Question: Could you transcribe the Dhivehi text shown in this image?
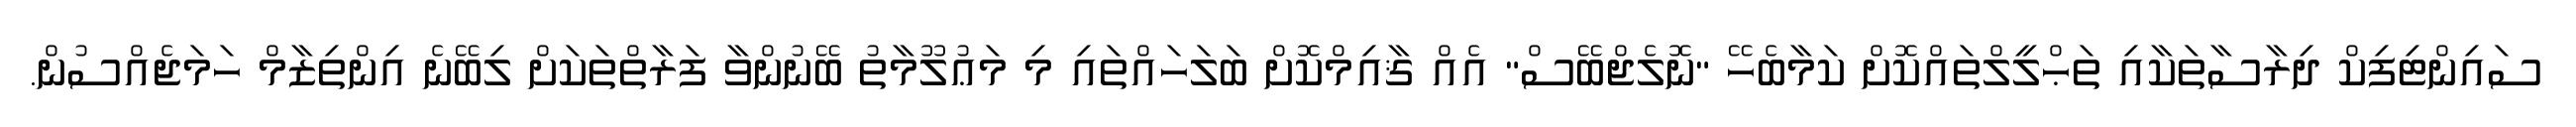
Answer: ސައިންޓިފިކް ދިރާސާތަކާއި ތަޙްލީލްތައްކޮށް ކަމާބެހޭ "ނޮލެޖްބޭސް" އެއް ޤާއިމްކޮށް ބަލަހައްތައި މި މަޢުލޫމާތު ބޭނުންވާ ފަރާތްތަކަށް ލިބޭނެ އިންތިޒާމް ހަމަޖެއްސުން.